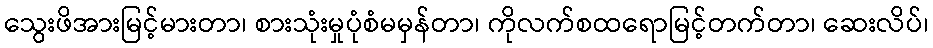
သွေးဖိအားမြင့်မားတာ၊ စားသုံးမှုပုံစံမမှန်တာ၊ ကိုလက်စထရောမြင့်တက်တာ၊ ဆေးလိပ်၊